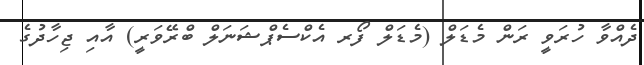
ދެއްވާ ހުރަވީ ރަން މެޑަލް (މެޑަލް ފޯރ އެކްސެޕްޝަނަލް ބްރޭވަރީ) އާއި ޖިހާދުގެ